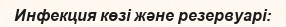
Инфекция көзі және резервуарі: